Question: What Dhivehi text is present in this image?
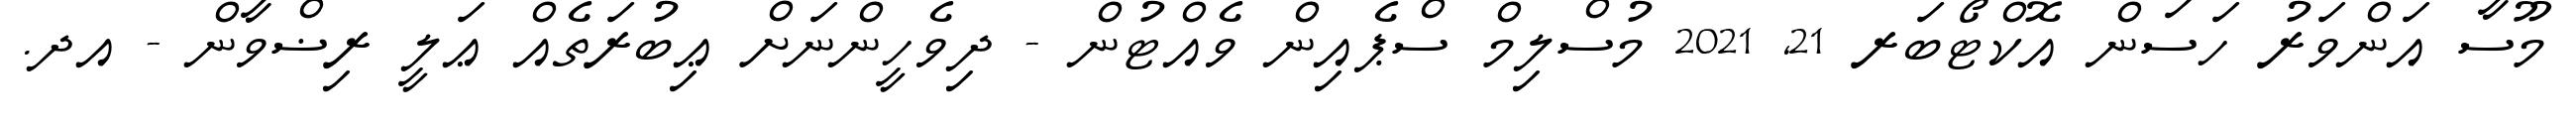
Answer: މޫސާ އަންވަރު ހަސަން އޮކްޓޯބަރ 21, 2021 މުސްލިމް ސްޕެއިން ވެއްޓުން - ދިވެހީންނަށް ޢިބުރަތެއް ޢަލީ ރިޟްވާން - އދ.